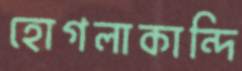
হোগলাকান্দি